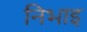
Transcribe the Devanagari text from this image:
निभाइ